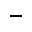
\_